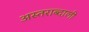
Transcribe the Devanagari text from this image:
अस्तराब्दाली